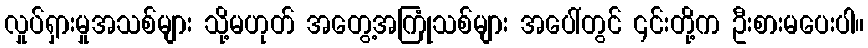
လှုပ်ရှားမှုအသစ်များ သို့မဟုတ် အတွေ့အကြုံသစ်များ အပေါ်တွင် ၎င်းတို့က ဦးစားမပေးပါ။